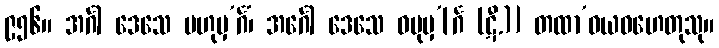
၉၅၆။ အင်္ဂါ ဒေသေ ဗဟုမှ’င်္ဂံ၊ အင်္ဂေါ ဒေသေ ဝပုမှ’[င်္ဂ (ဋီ.)] တထာ’ဝယဝဟေတုသု။